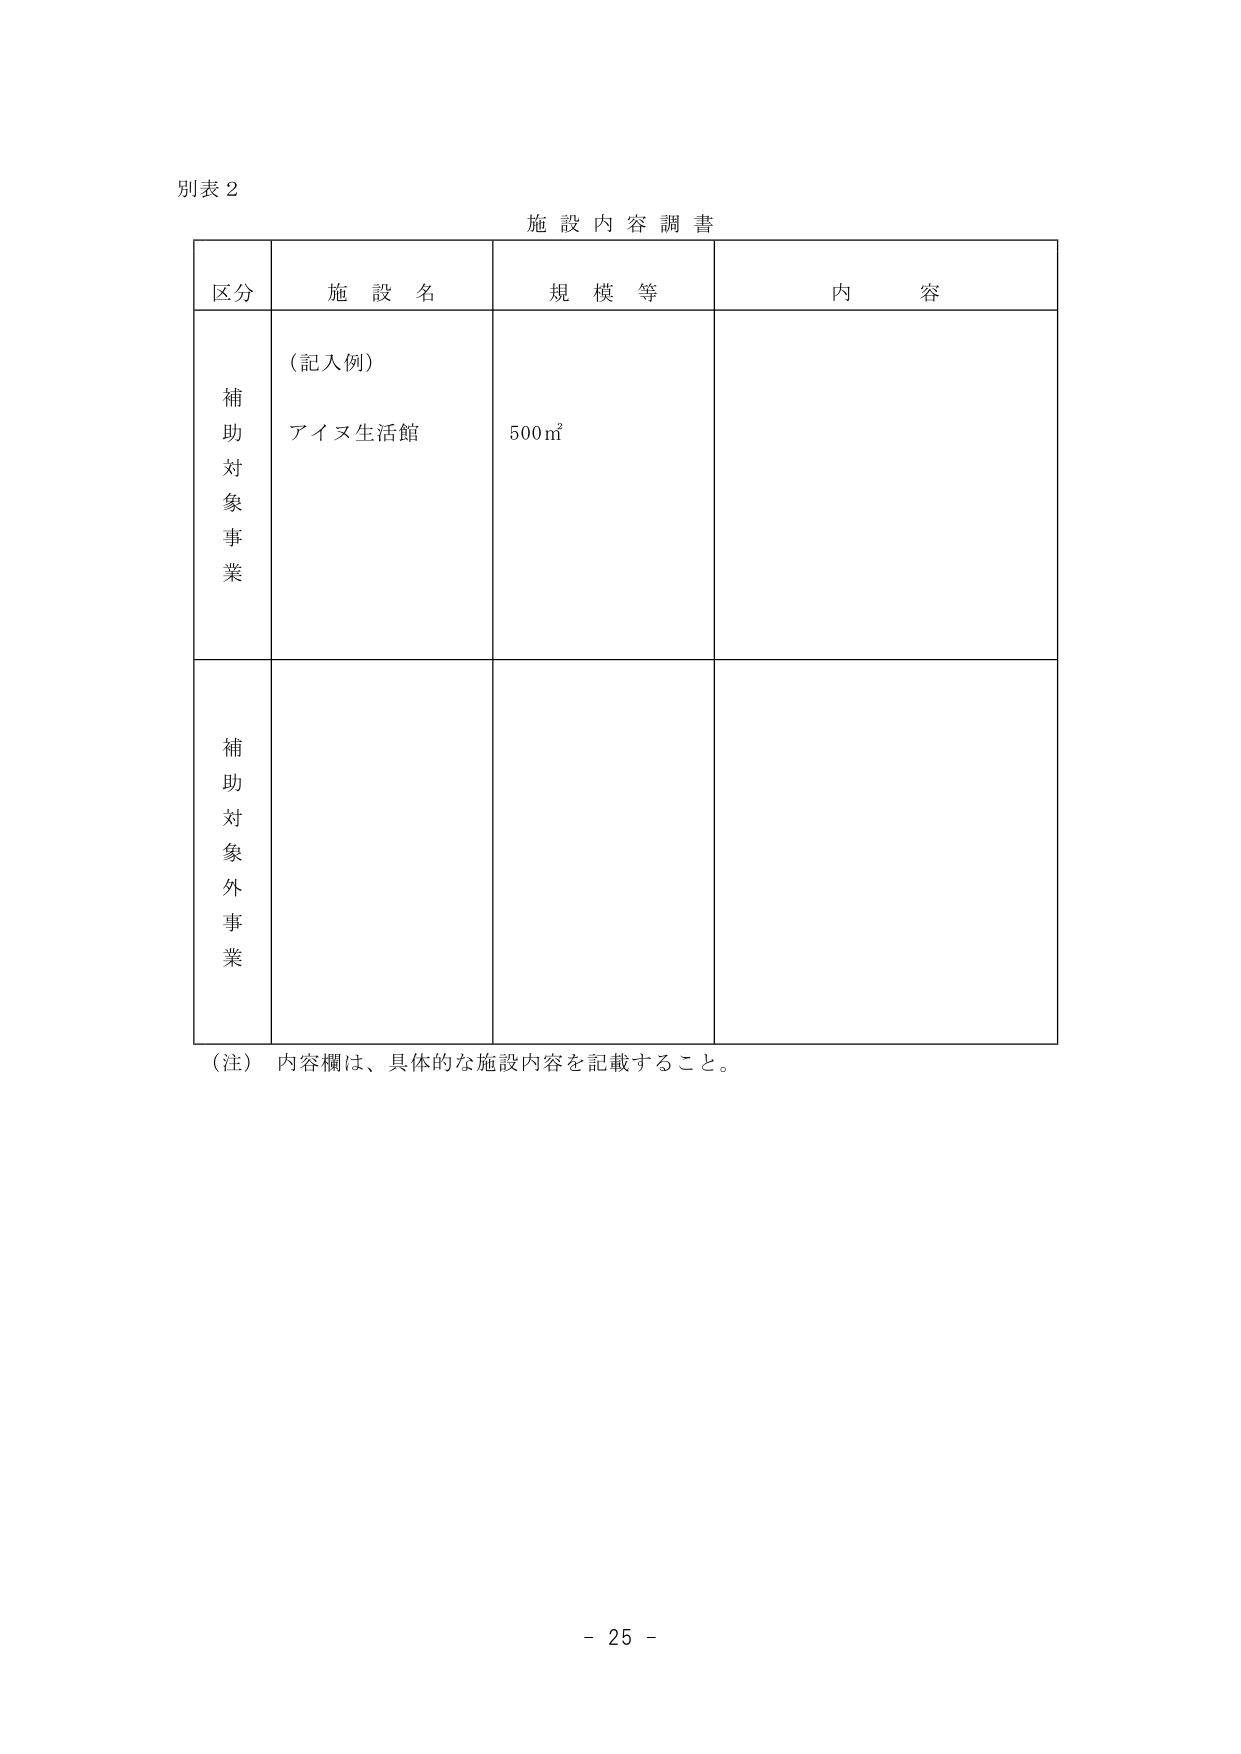
別表２

施設内容調書

区分　　施設名　　規模等　　内容

補助対象事業
（記入例）
アイヌ生活館　　500㎡

補助対象外事業

（注）内容欄は、具体的な施設内容を記載すること。

－ 25 －